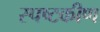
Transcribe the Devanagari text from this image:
स्पष्टकीण